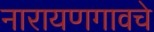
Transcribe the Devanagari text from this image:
नारायणगावचे